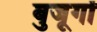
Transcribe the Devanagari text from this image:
बुजूर्गों